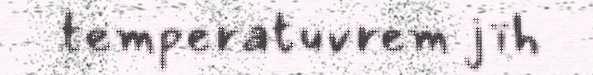
temperatuvrem jïh